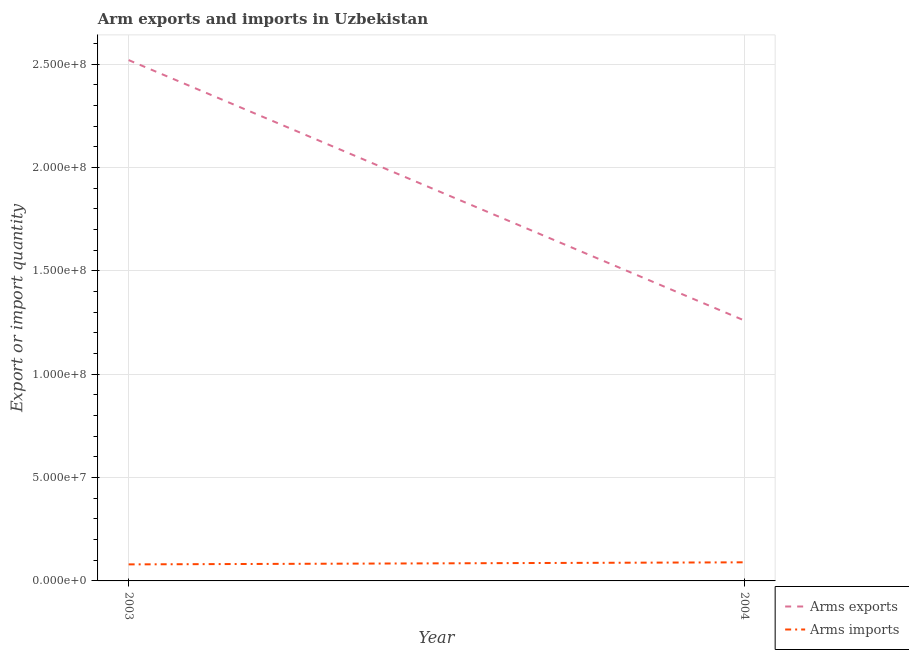
| Year | Arms exports | Arms imports |
 | --- | --- | --- |
 | 2003 | 2.52e+08 | 8e+06 |
 | 2004 | 1.26e+08 | 9e+06 |